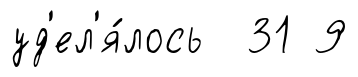
уд'ел'я́лось 31 9